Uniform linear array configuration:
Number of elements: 32
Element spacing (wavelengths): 0.5
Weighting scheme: blackman
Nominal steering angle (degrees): -45
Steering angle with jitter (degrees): -46.285
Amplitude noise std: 0.05
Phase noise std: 0.05

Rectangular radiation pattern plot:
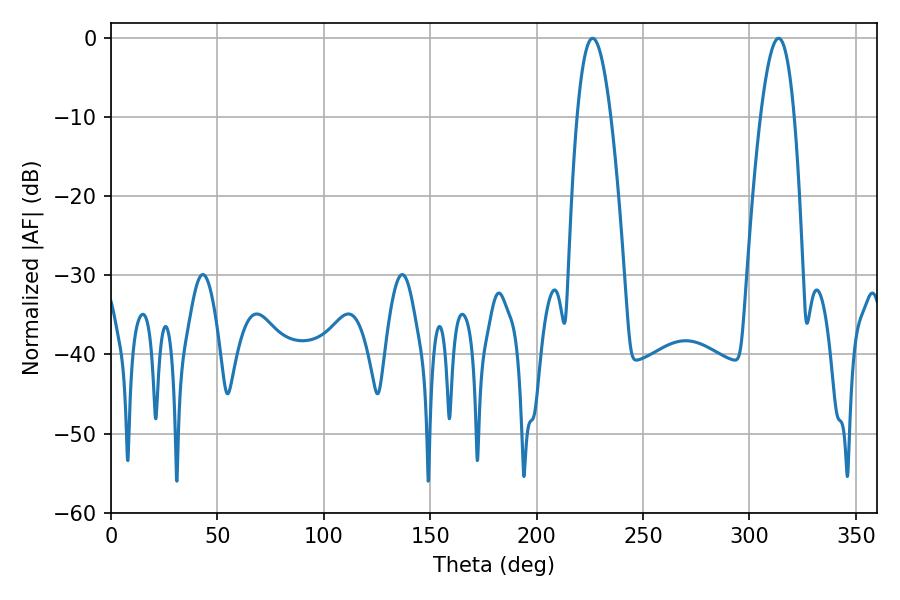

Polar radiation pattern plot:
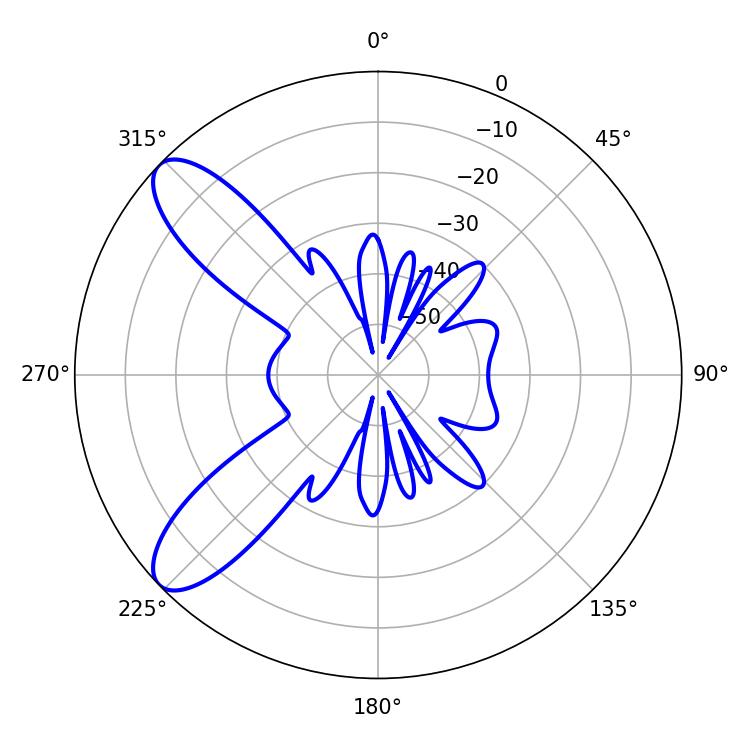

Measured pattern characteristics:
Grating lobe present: FALSE
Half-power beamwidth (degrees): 8.64
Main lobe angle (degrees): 226.26